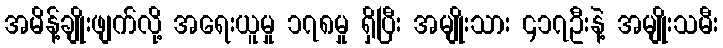
အမိန့်ချိုးဖျက်လို့ အရေးယူမှု ၁၇၈မှု ရှိပြီး အမျိုးသား ၄၁၇ဦးနဲ့ အမျိုးသမီး